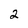
Character: 2